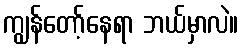
ကျွန်တော့်နေရာ ဘယ်မှာလဲ။